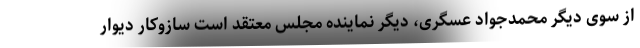
از سوی دیگر محمدجواد عسگری، دیگر نماینده مجلس معتقد است سازوکار دیوار